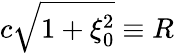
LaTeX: c\sqrt{1+\xi_{0}^{2}}\equiv R